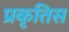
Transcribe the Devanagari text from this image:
प्रकृतिस